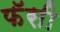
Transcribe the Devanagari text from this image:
फॅसी